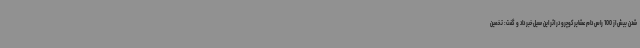
شدن بیش از 100 راس دام عشایرکوچرو در اثر این سیل خبر داد و گفت: تخمین